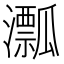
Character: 𤃛